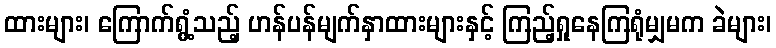
ထားများ၊ ကြောက်ရွံ့သည့် ဟန်ပန်မျက်နှာထားများနှင့် ကြည့်ရှုနေကြရုံမျှမက ခဲများ၊